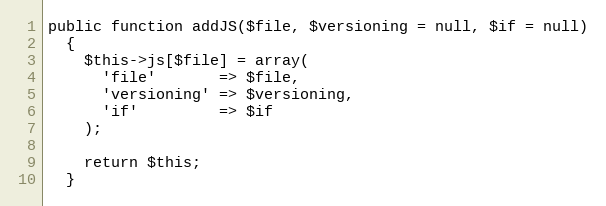
Language: PHP
public function addJS($file, $versioning = null, $if = null)
  {
    $this->js[$file] = array(
      'file'       => $file,
      'versioning' => $versioning,
      'if'         => $if
    );

    return $this;
  }